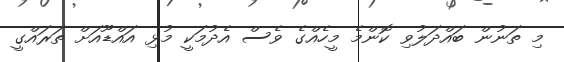
މި ތަނުން ބައްދަލުވި ކޮންމެ މީހެއްގެ ވެސް އެދުމަކީ މުޅި އައްޑޫއަށް ތަރައްގީ